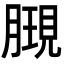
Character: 𣎔